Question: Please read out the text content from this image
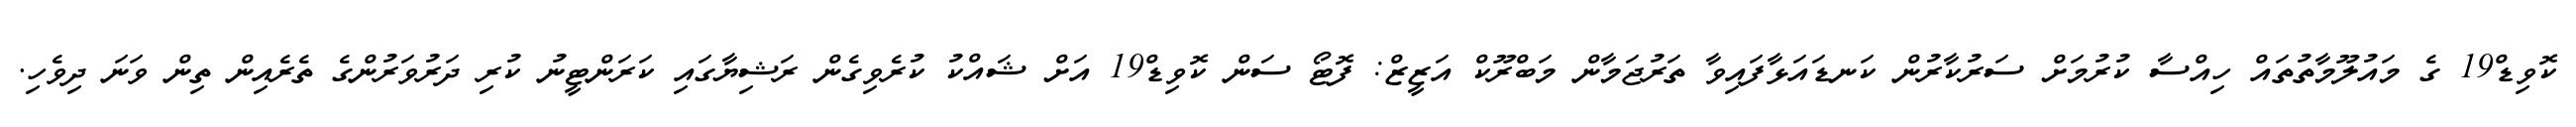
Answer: ކޮވިޑް19 ގެ މައުލޫމާތުތައް ހިއްސާ ކުރުމަށް ސަރުކާރުން ކަނޑައަޅާފައިވާ ތަރުޖަމާން މަބްރޫކް އަޒީޒް: ފޮޓޯ ސަން ކޮވިޑް19 އަށް ޝައްކު ކުރެވިގެން ރަޝިޔާގައި ކަރަންޓީނު ކުރި ދަރުވަރުންގެ ތެރެއިން ތިން ވަނަ ދިވެހި.